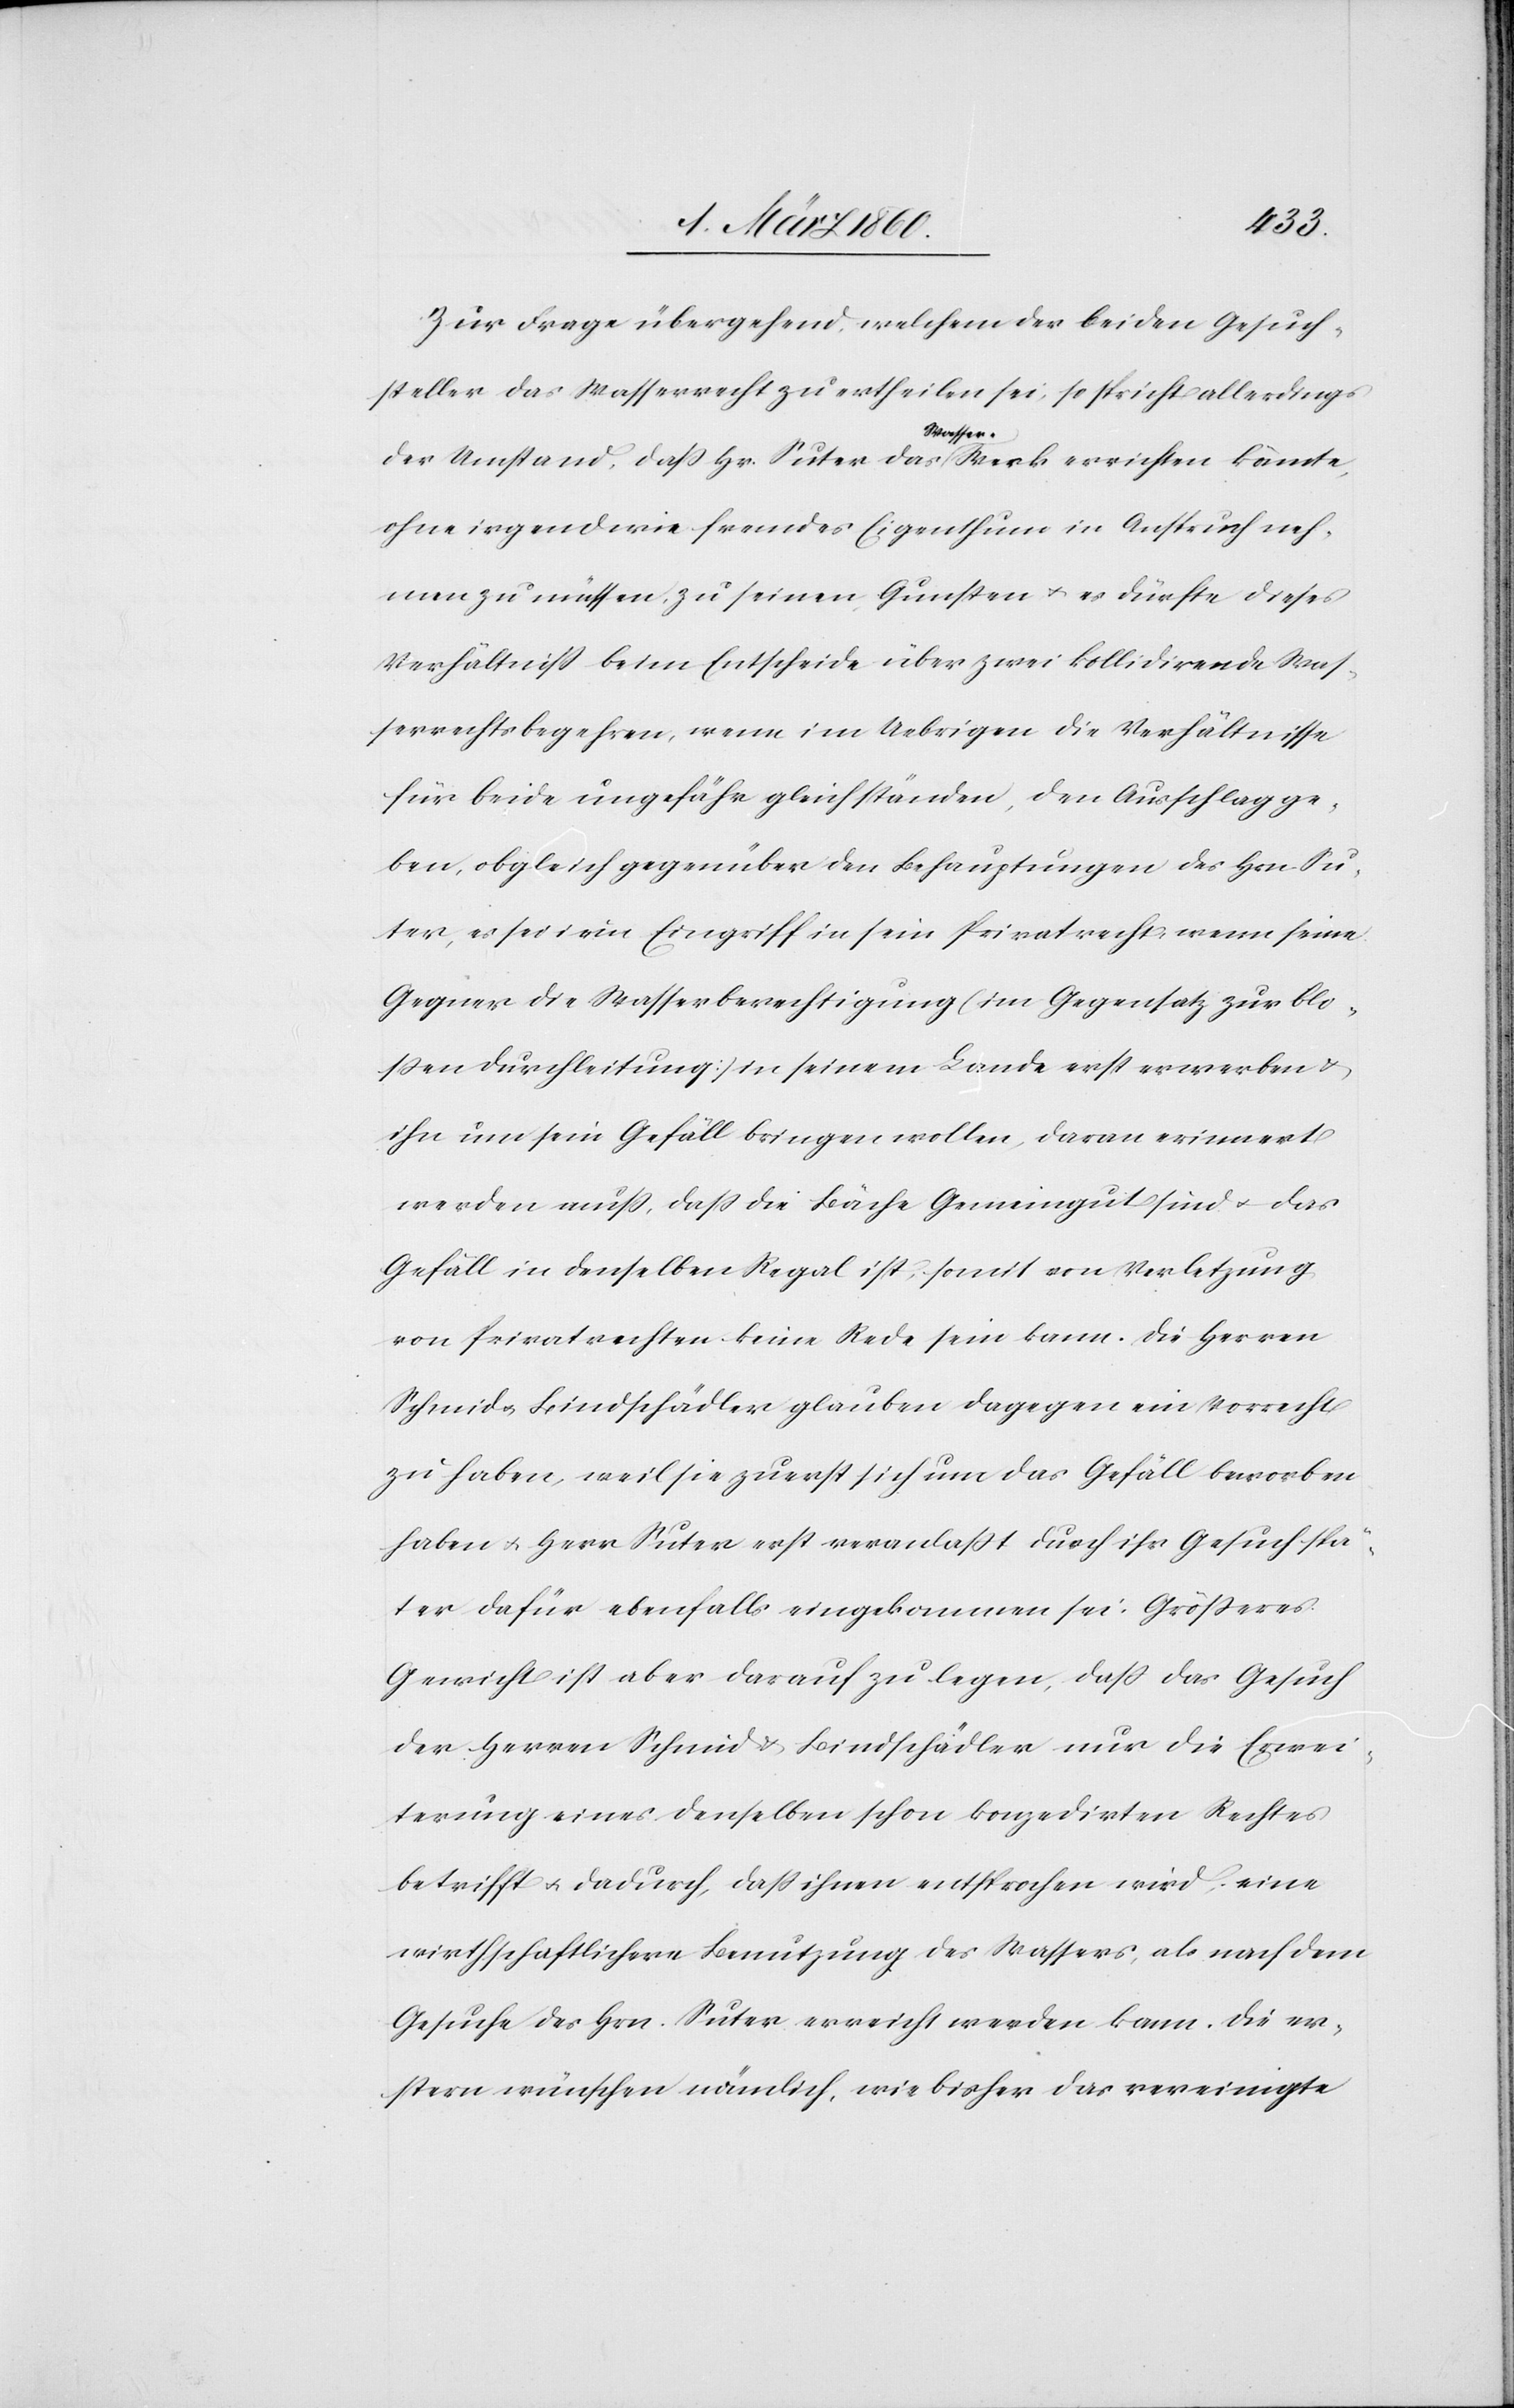
Zur Frage übergehend, welchem der beiden Gesuch¬
steller das Wasserrecht zu ertheilen sei, so spricht allerdings
der Umstand, dass Hr. Suter das Wasser-Werk errichten könnte,
ohne irgendwie fremdes Eigenthum in Anspruch neh¬
men zu müssen, zu seinen Gunsten u. es dürfte dieses
Verhältniss beim Entscheide über zwei kollidirende Was¬
serrechtsbegehren, wenn im Uebrigen die Verhältnisse
für beide ungefähr gleichständen, den Ausschlag ge¬
ben, obgleich gegenüber den Behauptungen des Hrn. Su¬
ter, es sei ein Eingriff in sein Privatrecht, wenn seine
Gegner die Wasserberechtigung (im Gegensatz zur blo¬
ssen Durchleitung) in seinem Lande erst erwerben u.
ihn um sein Gefäll bringen wollen, daran erinnert
werden muss, dass die Bäche Gemeingut sind da das
Gefall in denselben Regal ist, somit von Verletzung
von Privatrechten kein Rede sein kann. Die Herren
Schmid u. Bindschädler glauben dagegen ein Vorrecht
zu haben, weil sie zuerst sich um das Gefäll beworben
haben u. Herr Suter erst veranlasst durch ihr Gesuch spä¬
ter dafür ebenfalls eingekommen sei. Grösseres
Gewicht ist aber darauf zu legen, dass das Gesuch
der Herren Schmid u. Bindschädler nur die Erwei¬
terung eines denselben schon kompedirten Rechtes
betrifft u. dadurch, dass ihnen entsprochen wird, eine
wirthschaftlichere Benutzung des Wassers, als nach dem
Gesuche des Hrn. Suter erreicht werden kann. Die er¬
stern wünschen nämlich, wie bisher das vereinigte